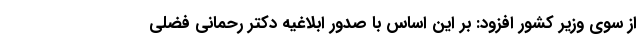
از سوی وزیر کشور افزود: بر این اساس با صدور ابلاغیه دکتر رحمانی فضلی